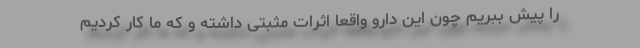
را پیش ببریم چون این دارو واقعاً اثرات مثبتی داشته و که ما کار کردیم